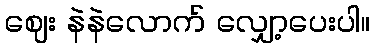
ဈေး နဲနဲလောက် လျှော့ပေးပါ။